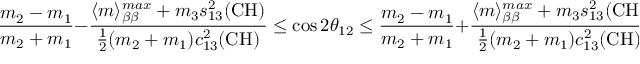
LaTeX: \frac { m _ { 2 } - m _ { 1 } } { m _ { 2 } + m _ { 1 } } - \frac { \langle m \rangle _ { \beta \beta } ^ { m a x } + m _ { 3 } s _ { 1 3 } ^ { 2 } ( \mathrm { C H } ) } { \frac { 1 } { 2 } ( m _ { 2 } + m _ { 1 } ) c _ { 1 3 } ^ { 2 } ( \mathrm { C H } ) } \leq \cos { 2 \theta _ { 1 2 } } \leq \frac { m _ { 2 } - m _ { 1 } } { m _ { 2 } + m _ { 1 } } + \frac { \langle m \rangle _ { \beta \beta } ^ { m a x } + m _ { 3 } s _ { 1 3 } ^ { 2 } ( \mathrm { C H } ) } { \frac { 1 } { 2 } ( m _ { 2 } + m _ { 1 } ) c _ { 1 3 } ^ { 2 } ( \mathrm { C H } ) } ,